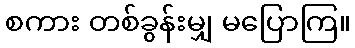
စကား တစ်ခွန်းမျှ မပြောကြ။